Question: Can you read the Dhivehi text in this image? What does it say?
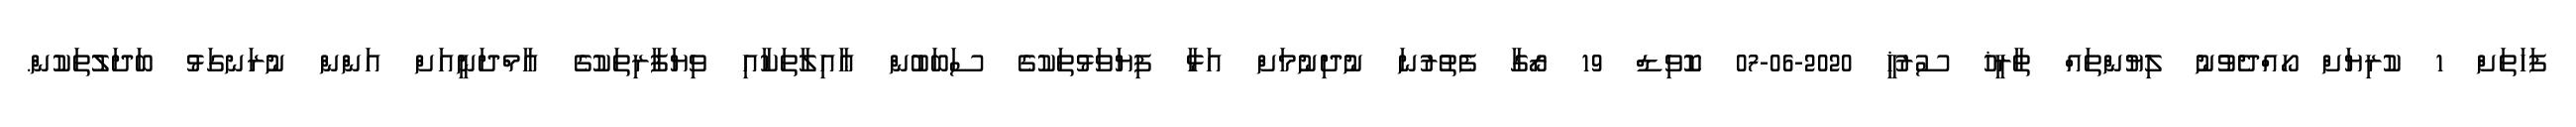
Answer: ފަހަތަށް 1 ކުރިޔަށް ހޯއްދެވުނު ލިޔުންތައް ތާރީޚު ސުރުޚީ 2020-06-07 ކޮވިޑް 19 ރޯގާ ފެތުރުނަ ނުދިނުމަށް އަޅާ ފިޔަވަޅުތަކުގެ ސަބަބުން ޢާއިލާތަކާއި ވިޔަފާރިތަކުގެ އާމްދަނީއަށް އަންން ނުރަނގަޅު ބަދަލުތަކުން.